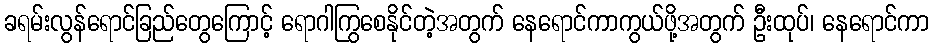
ခရမ်းလွန်ရောင်ခြည်တွေကြောင့် ရောဂါကြွစေနိုင်တဲ့အတွက် နေရောင်ကာကွယ်ဖို့အတွက် ဦးထုပ်၊ နေရောင်ကာ